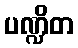
ပဏ္ဍိတ